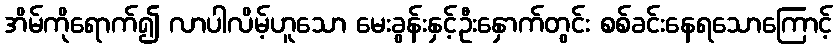
အိမ်ကိုရောက်၍ လာပါလိမ့်ဟူသော မေးခွန်းနှင့်ဦးနှောက်တွင်း စစ်ခင်းနေရသောကြောင့်